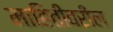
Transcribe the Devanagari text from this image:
माहितीवरील